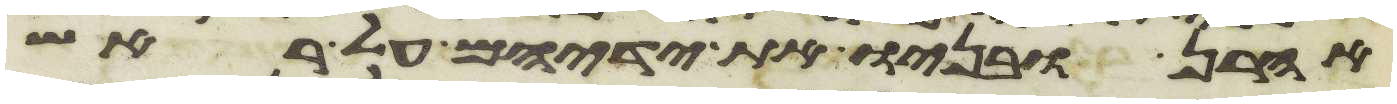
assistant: אהרן ובניו את ידיהם על ראש